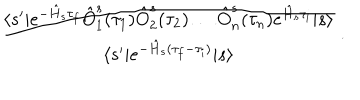
LaTeX: \frac { \langle s ^ { \prime } | e ^ { - \hat { H } _ { s } \tau _ { f } } \hat { O } _ { 1 } ^ { s } ( \tau _ { 1 } ) \hat { O } _ { 2 } ^ { s } ( \tau _ { 2 } ) \ldots \hat { O } _ { n } ^ { s } ( \tau _ { n } ) e ^ { \hat { H } _ { s } \tau _ { i } } | s \rangle } { \langle s ^ { \prime } | e ^ { - \hat { H } _ { s } ( \tau _ { f } - \tau _ { i } ) } | s \rangle } \, .